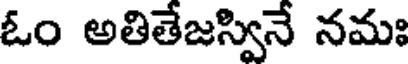
ఓం అతితేజస్వినే నమః